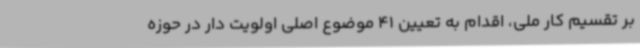
بر تقسیم کار ملی، اقدام به تعیین 41 موضوع اصلی اولویت دار در حوزه